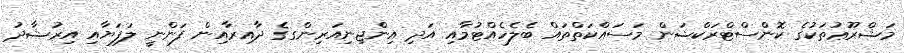
މަޝްރޫޢުތަކުގެ ކޮންސްޓްރަކްޝަން މަސައްކަތްތައް ބެލެހެއްޓުމާއި އަދި އިންޖިނިއަރިންގގެ ދާއިރާއިން ފަންނީ ލަފަޔާއި އިރުޝާދު